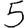
Digit: 5